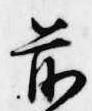
前